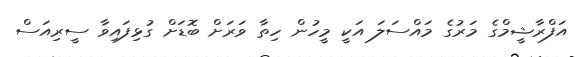
އަފްރާޝީމްގެ މަރުގެ މައްސަލަ އަކީ މީހުން ހިތާ ވަރަށް ބޮޑަށް ގުޅިފައިވާ ސީރިއަސް